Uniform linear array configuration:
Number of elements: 4
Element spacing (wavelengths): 0.5
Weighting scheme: hamming
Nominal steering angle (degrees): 0
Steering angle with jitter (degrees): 0.6461
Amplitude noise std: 0.05
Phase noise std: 0.05

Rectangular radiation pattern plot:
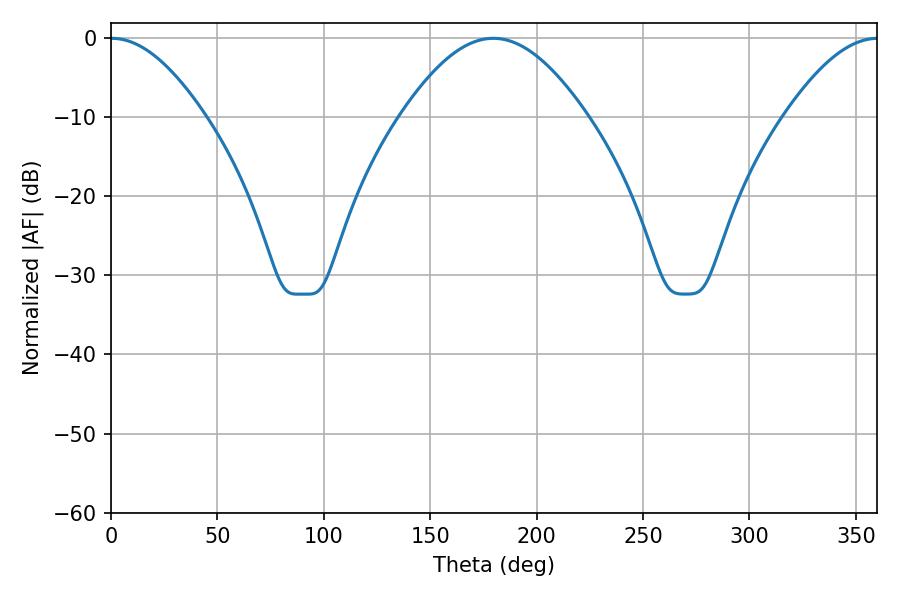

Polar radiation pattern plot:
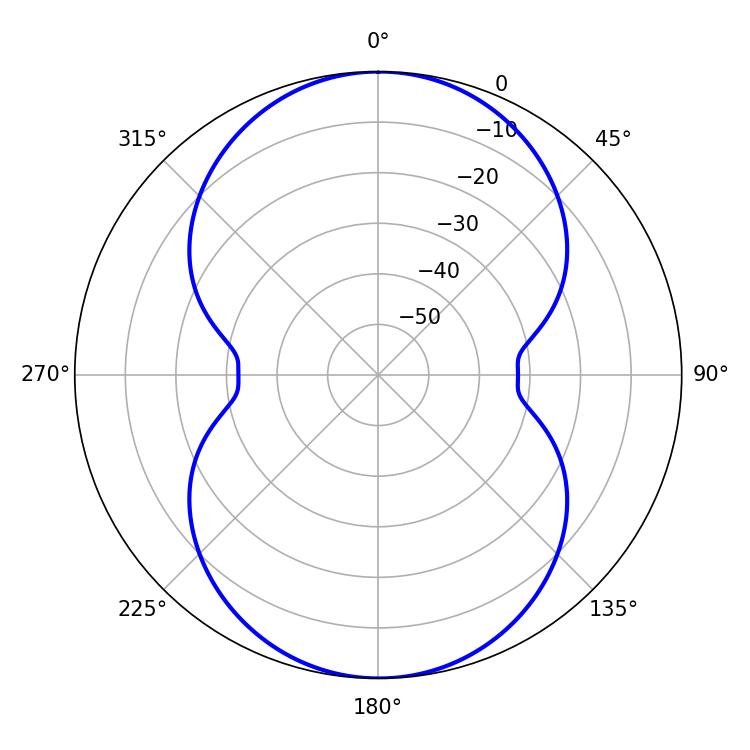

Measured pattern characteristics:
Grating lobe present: FALSE
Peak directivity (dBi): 24.738
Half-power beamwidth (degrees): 23.94
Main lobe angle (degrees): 0.36